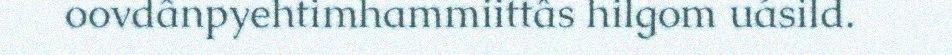
oovdânpyehtimhammiittâs hilgom uásild.